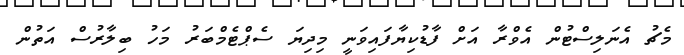
މެޗު އެނަލިސްޓުން އެވްރާ އަށް ފާޑުކިޔާފައިވަނީ މިދިޔަ ސެޕްޓެމްބަރު މަހު ބިލާރުސް އަތުން